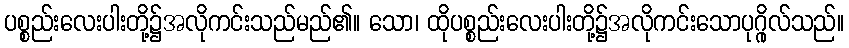
ပစ္စည်းလေးပါးတို့၌အလိုကင်းသည်မည်၏။ သော၊ ထိုပစ္စည်းလေးပါးတို့၌အလိုကင်းသောပုဂ္ဂိုလ်သည်။